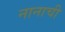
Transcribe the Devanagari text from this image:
नानाची